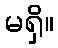
မရှိ။